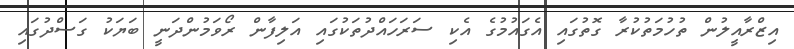
އިޒްރާއީލުން ތުހުމަތުކުރާ ގޮތުގައި އެގައުމުގެ އެކި ސަރަހައްދުތަކުގައި އަލިފާން ރޯވަމުންދަނީ ބަޔަކު ގަސްދުގައި